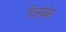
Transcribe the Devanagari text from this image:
दिसंबेर